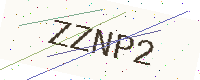
Text: ZZNP2